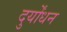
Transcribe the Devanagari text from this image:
दुर्योंधन